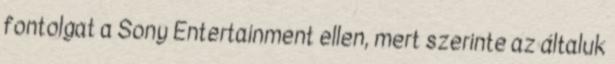
fontolgat a Sony Entertainment ellen, mert szerinte az általuk